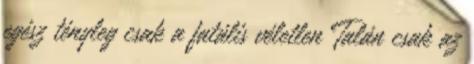
egész tényleg csak a fatális véletlen Talán csak az